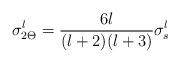
LaTeX: \begin{align*}\sigma_{2 \Theta}^l = {6l \over (l+2)(l+3)}\sigma^l_s\end{align*}